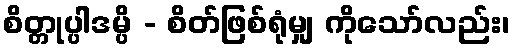
စိတ္တုပ္ပါဒမ္ပိ - စိတ်ဖြစ်ရုံမျှ ကိုသော်လည်း၊